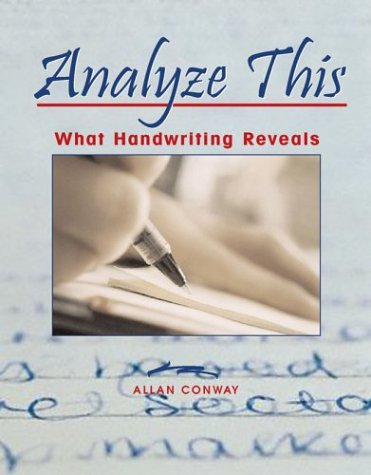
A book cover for Analyze This: What Handwriting Reveals; Allan Conway; Self-Help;